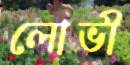
লোভী